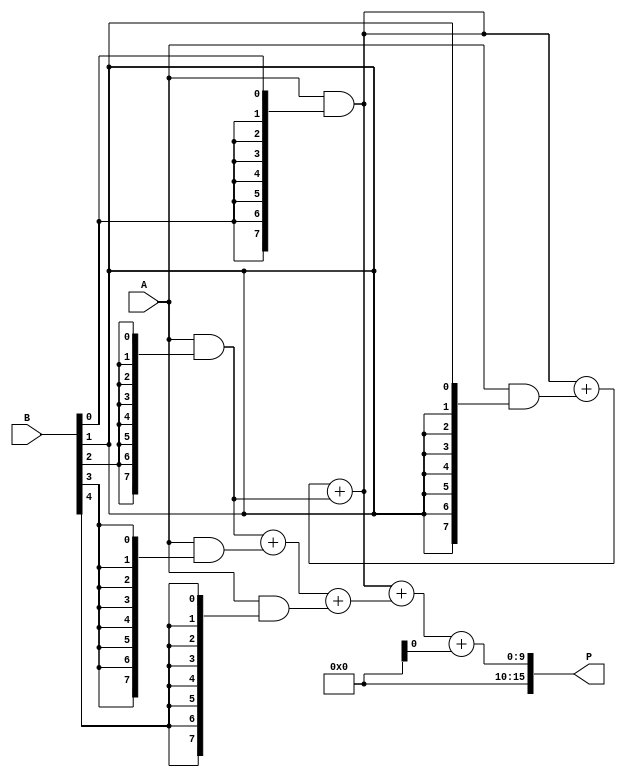
module AdaptiveWallaceTreeMultiplier #(parameter N = 8) (
    input [N-1:0] A,        // Multiplicand
    input [N-1:0] B,        // Multiplier
    output reg [2*N-1:0] P  // Product
);

    // Generate partial products
    wire [N-1:0] pp [N-1:0]; // Partial products
    genvar i, j;
    generate
        for (i = 0; i < N; i = i + 1) begin : pp_gen
            assign pp[i] = A & {N{B[i]}}; // AND operation to generate partial products
        end
    endgenerate

    // Wallace tree reduction
    wire [N-1:0] sum [N:0]; // Sum outputs from adders
    wire [N:0] carry;       // Carry outputs from adders

    // Initial assignments
    assign sum[0] = {1'b0, pp[0]}; // Initialize the first sum with the first partial product

    // Wallace tree reduction stages
    generate
        for (i = 0; i < N-1; i = i + 1) begin : reduction
            if (i % 2 == 0) begin
                // Group three bits and reduce using half and full adders
                assign {carry[i/2 + 1], sum[i/2]} = pp[i] + pp[i+1] + pp[i+2]; // Two bits from previous level and one carry
            end
        end
    endgenerate

    // Final summation using a simple adder
    always @(*) begin
        // Combine the last two sums with carry
        P = sum[0] + sum[1] + carry[0];
    end

endmodule